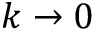
k \to 0